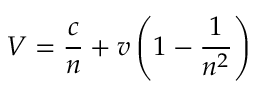
V = { \frac { c } { n } } + v \left( 1 - { \frac { 1 } { n ^ { 2 } } } \right)